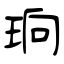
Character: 珦